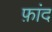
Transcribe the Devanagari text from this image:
फ़ांद